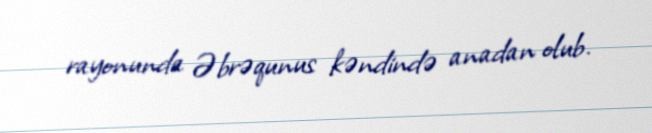
rayonunda Əbrəqunus kəndində anadan olub.